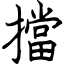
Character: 擋